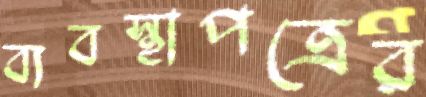
ব্যবস্থাপত্রের